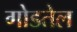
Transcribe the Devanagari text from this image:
गोडतेल